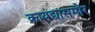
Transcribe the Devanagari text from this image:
कायद्यासमोर